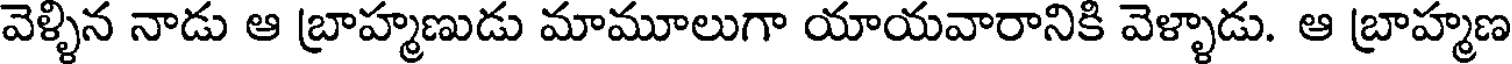
వెళ్ళిన నాడు ఆ బ్రాహ్మణుడు మామూలుగా యాయవారానికి వెళ్ళాడు. ఆ బ్రాహ్మణ